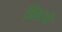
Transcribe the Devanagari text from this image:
निष्ठाओं